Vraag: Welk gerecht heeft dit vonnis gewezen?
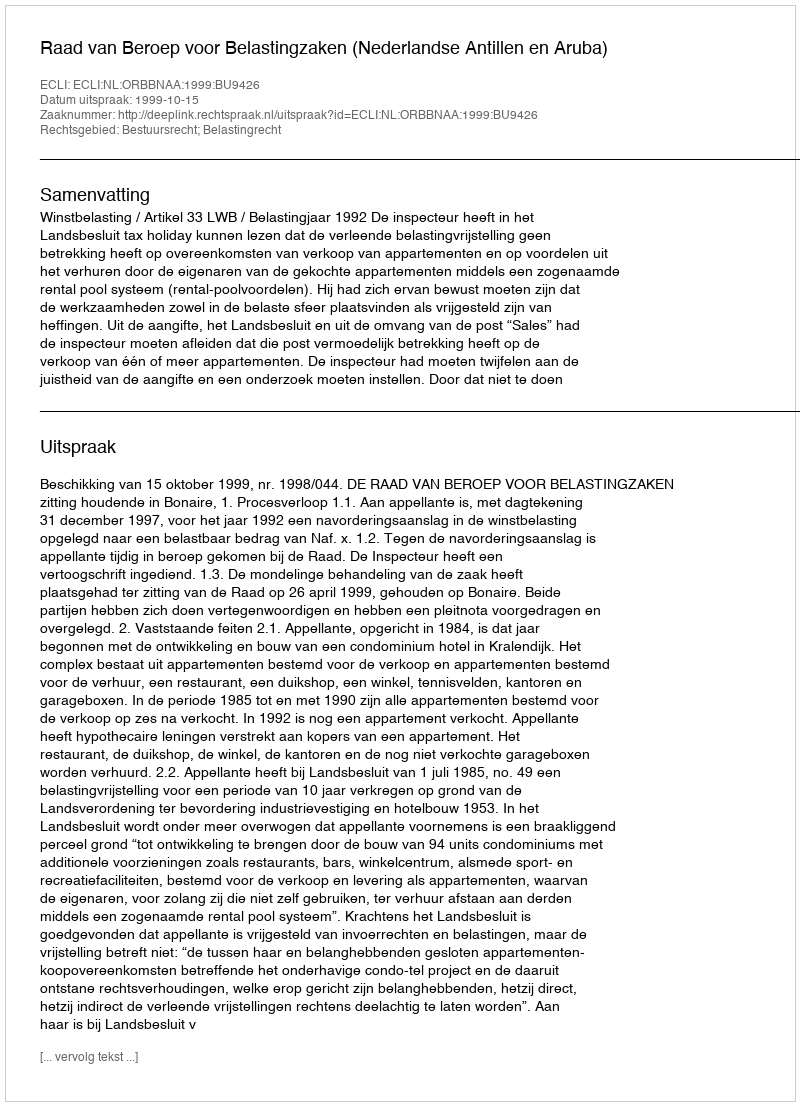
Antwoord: Raad van Beroep voor Belastingzaken (Nederlandse Antillen en Aruba)